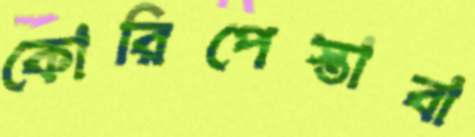
কোরিপেস্তাবা